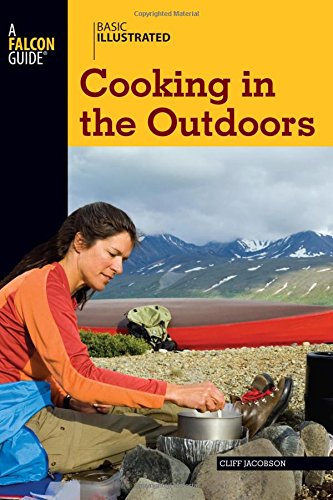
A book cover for Basic Illustrated Cooking in the Outdoors (Basic Illustrated Series); Cliff Jacobson; Cookbooks, Food & Wine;